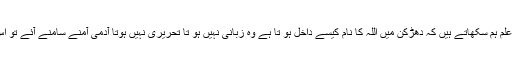
وہی عشق و محبت کا علم ہم سکھاتے ہیں کہ دھڑکن میں اللہ کا نام کیسے داخل ہو تا ہے وہ زبانی نہیں ہو تا تحریری نہیں ہوتا آدمی آمنے سامنے آئے تو اس کو سکھایا جاتا ہے ۔